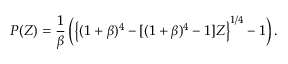
P ( Z ) = \frac { 1 } { \beta } \left( \left\{ ( 1 + \beta ) ^ { 4 } - [ ( 1 + \beta ) ^ { 4 } - 1 ] Z \right\} ^ { 1 / 4 } - 1 \right) .